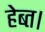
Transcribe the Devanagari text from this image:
हेब्त।